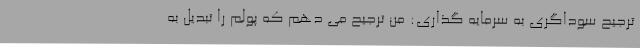
ترجیح سوداگری به سرمایه گذاری: من ترجیح می دهم که پولم را تبدیل به